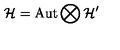
\mathcal { H } = \mathrm { A u t } \bigotimes \mathcal { H } ^ { \prime }